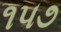
૧૫૭